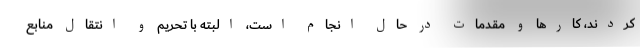
کردند، کارها و مقدمات در حال انجام است، البته با تحریم و انتقال منابع